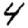
Digit: 4